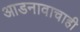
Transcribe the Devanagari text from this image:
आडनावाचाही